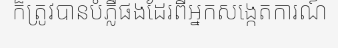
ក៏ត្រូវបានបំភ្លឺផងដែរពីអ្នកសង្កេតការណ៍